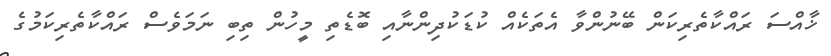
ޚާއްސަ ރައްކާތެރިކަން ބޭނުންވާ އެތަކެއް ކުޑަކުދިންނާއި ބޮޑެތި މީހުން ތިބި ނަމަވެސް ރައްކާތެރިކަމުގެ